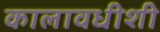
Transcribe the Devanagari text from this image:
कालावधीशी